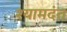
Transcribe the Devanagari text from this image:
श्यामदंत